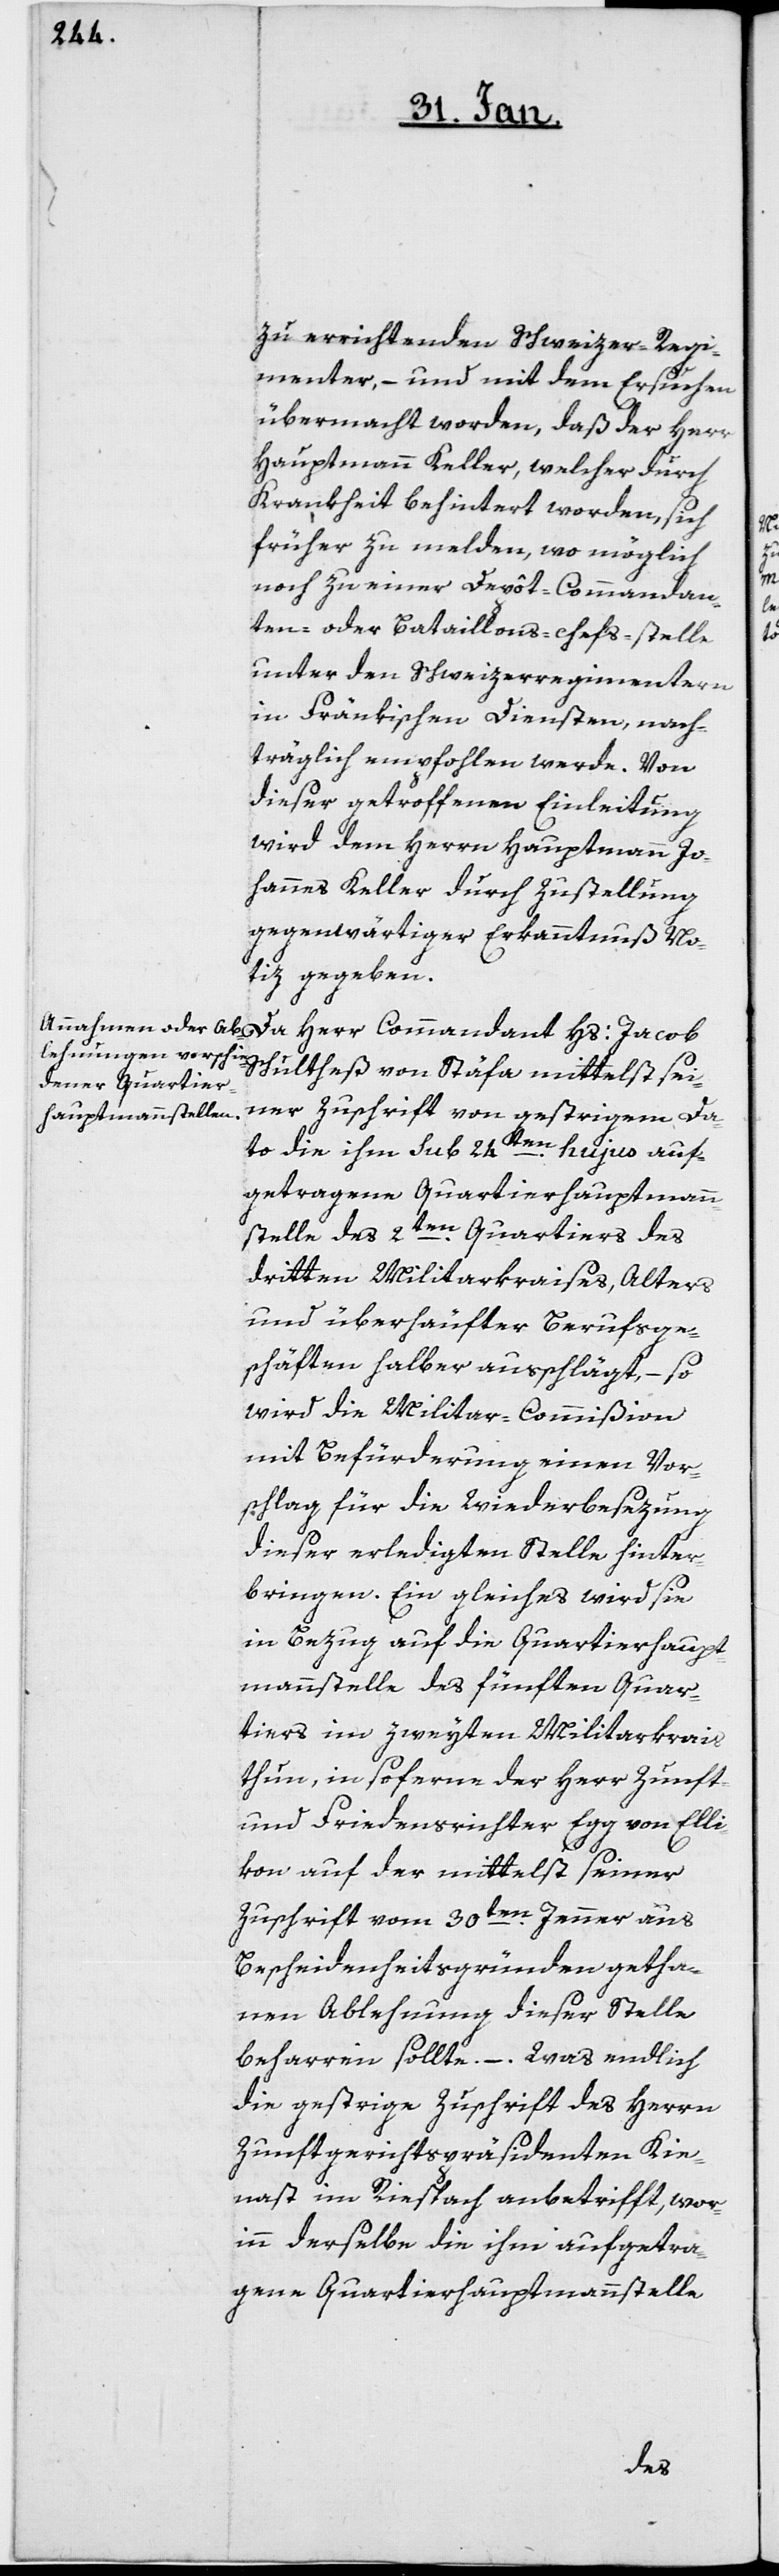
zu errichtenden Schweizer-Regi¬
menter, – und mit dem Ersuchen
übermacht worden, daß der Herr
Hauptmann Keller, welcher durch
Krankheit behintert worden, sich
früher zu melden, wo möglich
noch zu einer Depôt-Commandan¬
ten- oder Bataillons-chefs-stelle
unter den Schweizerregimentern
in Fränkischen Diensten, nach¬
träglich empfohlen werde. Von
dieser getroffenen Einleitung
wird dem Herrn Hauptmann Jo¬
hannes Keller durch Zustellung
gegenwärtiger Erkanntnuß No¬
tiz gegeben.
Da Herr Commandant Hs: Jacob
Schultheß von Stäfa mittelst sei¬
ner Zuschrift von gestrigem Da¬
to die ihm sub 24ten. hujus auf¬
getragene Quartierhauptmann¬
stelle des 2ten. Quartiers des
dritten Militarkraises, Alters
und überhäufter Berufsge¬
schäften halber ausschlägt, – so
wird die Militar-Commißion
mit Befürderung einen Vor¬
schlag für die Wiederbesezung
dieser erledigten Stelle hinter¬
bringen. Ein gleiches wird sie
in Bezug auf die Quartierhaupt¬
mannstelle des fünften Quar¬
tiers im zweyten Militarkreis
thun, in soferne der Herr Zunft-
und Friedensrichter Egg von Elli¬
kon auf der mittelst seiner
Zuschrift vom 30ten. Jenner aus
Bescheidenheitsgründen getha¬
nen Ablehnung dieser Stelle
beharren sollte. – Was endlich
die gestrige Zuschrift des Herrn
Zunftgerichtspräsidenten Kie¬
nast im Riespach anbetrifft, wor¬
inn derselbe die ihm aufgetra¬
gene Quartierhauptmannstelle